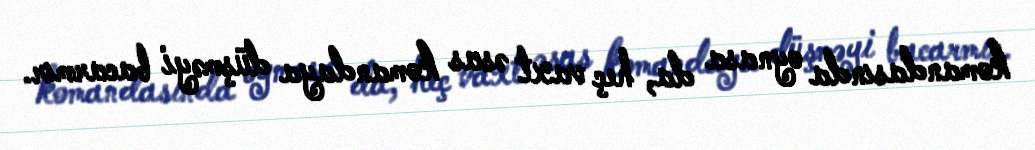
komandasında oynasa da, heç vaxt əsas komandaya düşməyi bacarmır.